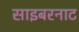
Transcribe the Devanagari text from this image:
साइबरनाट